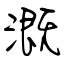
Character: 溉